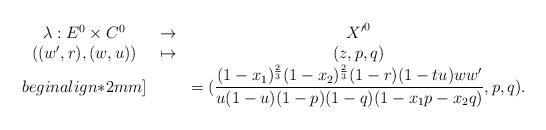
LaTeX: \begin{align*} \begin{array}{ccc}\lambda:E^0\times C^0 &\to &{X'}^0 \\((w',r),(w,u)) &\mapsto &(z,p,q) \\begin{align*}2mm]&&=( \dfrac{(1-x_1)^{\frac{2}{3}}(1-x_2)^{\frac{2}{3}} (1-r)(1-tu)ww'}{u(1-u)(1-p)(1-q)(1-x_1p-x_2q)},p,q).\end{array}\end{align*}